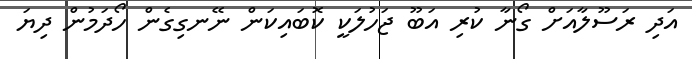
އަދި ރަސޫލާއަށް ގޯނާ ކުރި އަބޫ ޖަހުލަކީ ކޮބައިކަން ނޭނގިގެން ހޯދަމުން ދިޔަ